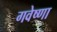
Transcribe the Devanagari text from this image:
गवेष्णा